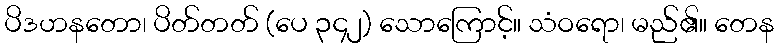
ပိဒဟနတော၊ ပိတ်တတ် (ပေ ၃၄၂) သောကြောင့်။ သံဝရော၊ မည်၏။ တေန